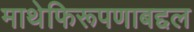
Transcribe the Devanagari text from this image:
माथेफिरूपणाबद्दल